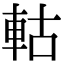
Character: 軲